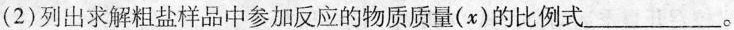
(2)列出求解粗盐样品中参加反应的物质质量(x)的比例式___。